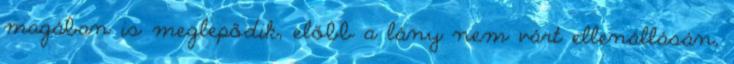
magában is meglepődik, előbb a lány nem várt ellenállásán,